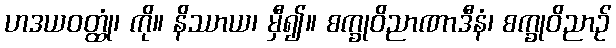
ဟဒယဝတ္ထုံ၊ ကို။ နိဿာယ၊ မှီ၍။ စက္ခုဝိညာဏာဒီနံ၊ စက္ခုဝိညာဉ်